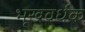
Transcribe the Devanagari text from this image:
भूखवर्धक